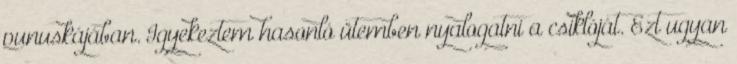
punuskájában. Igyekeztem hasonló ütemben nyalogatni a csiklóját. Ezt ugyan